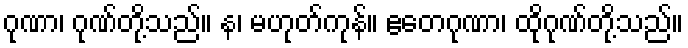
ဂုဏာ၊ ဂုဏ်တို့သည်။ န၊ မဟုတ်ကုန်။ ဧတေဂုဏာ၊ ထိုဂုဏ်တို့သည်။